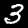
Label: 3